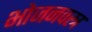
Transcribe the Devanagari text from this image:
भोजनवस्त्र